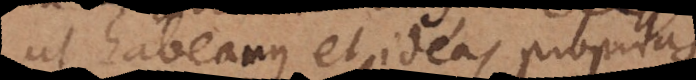
ut habeamus et ideas proprias,